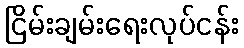
ငြိမ်းချမ်းရေးလုပ်ငန်း